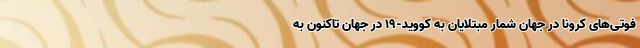
فوتی‌های کرونا در جهان شمار مبتلایان به کووید-۱۹ در جهان تاکنون به